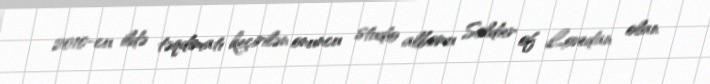
2010-cu ildə təqdimatı keçirilən onuncu studio albomu Soldier of Lovedan olan